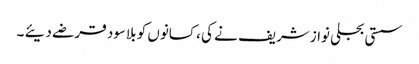
سستی بجلی نوازشریف نے کی ، کسانوں کو بلاسود قرضے دیئے ۔